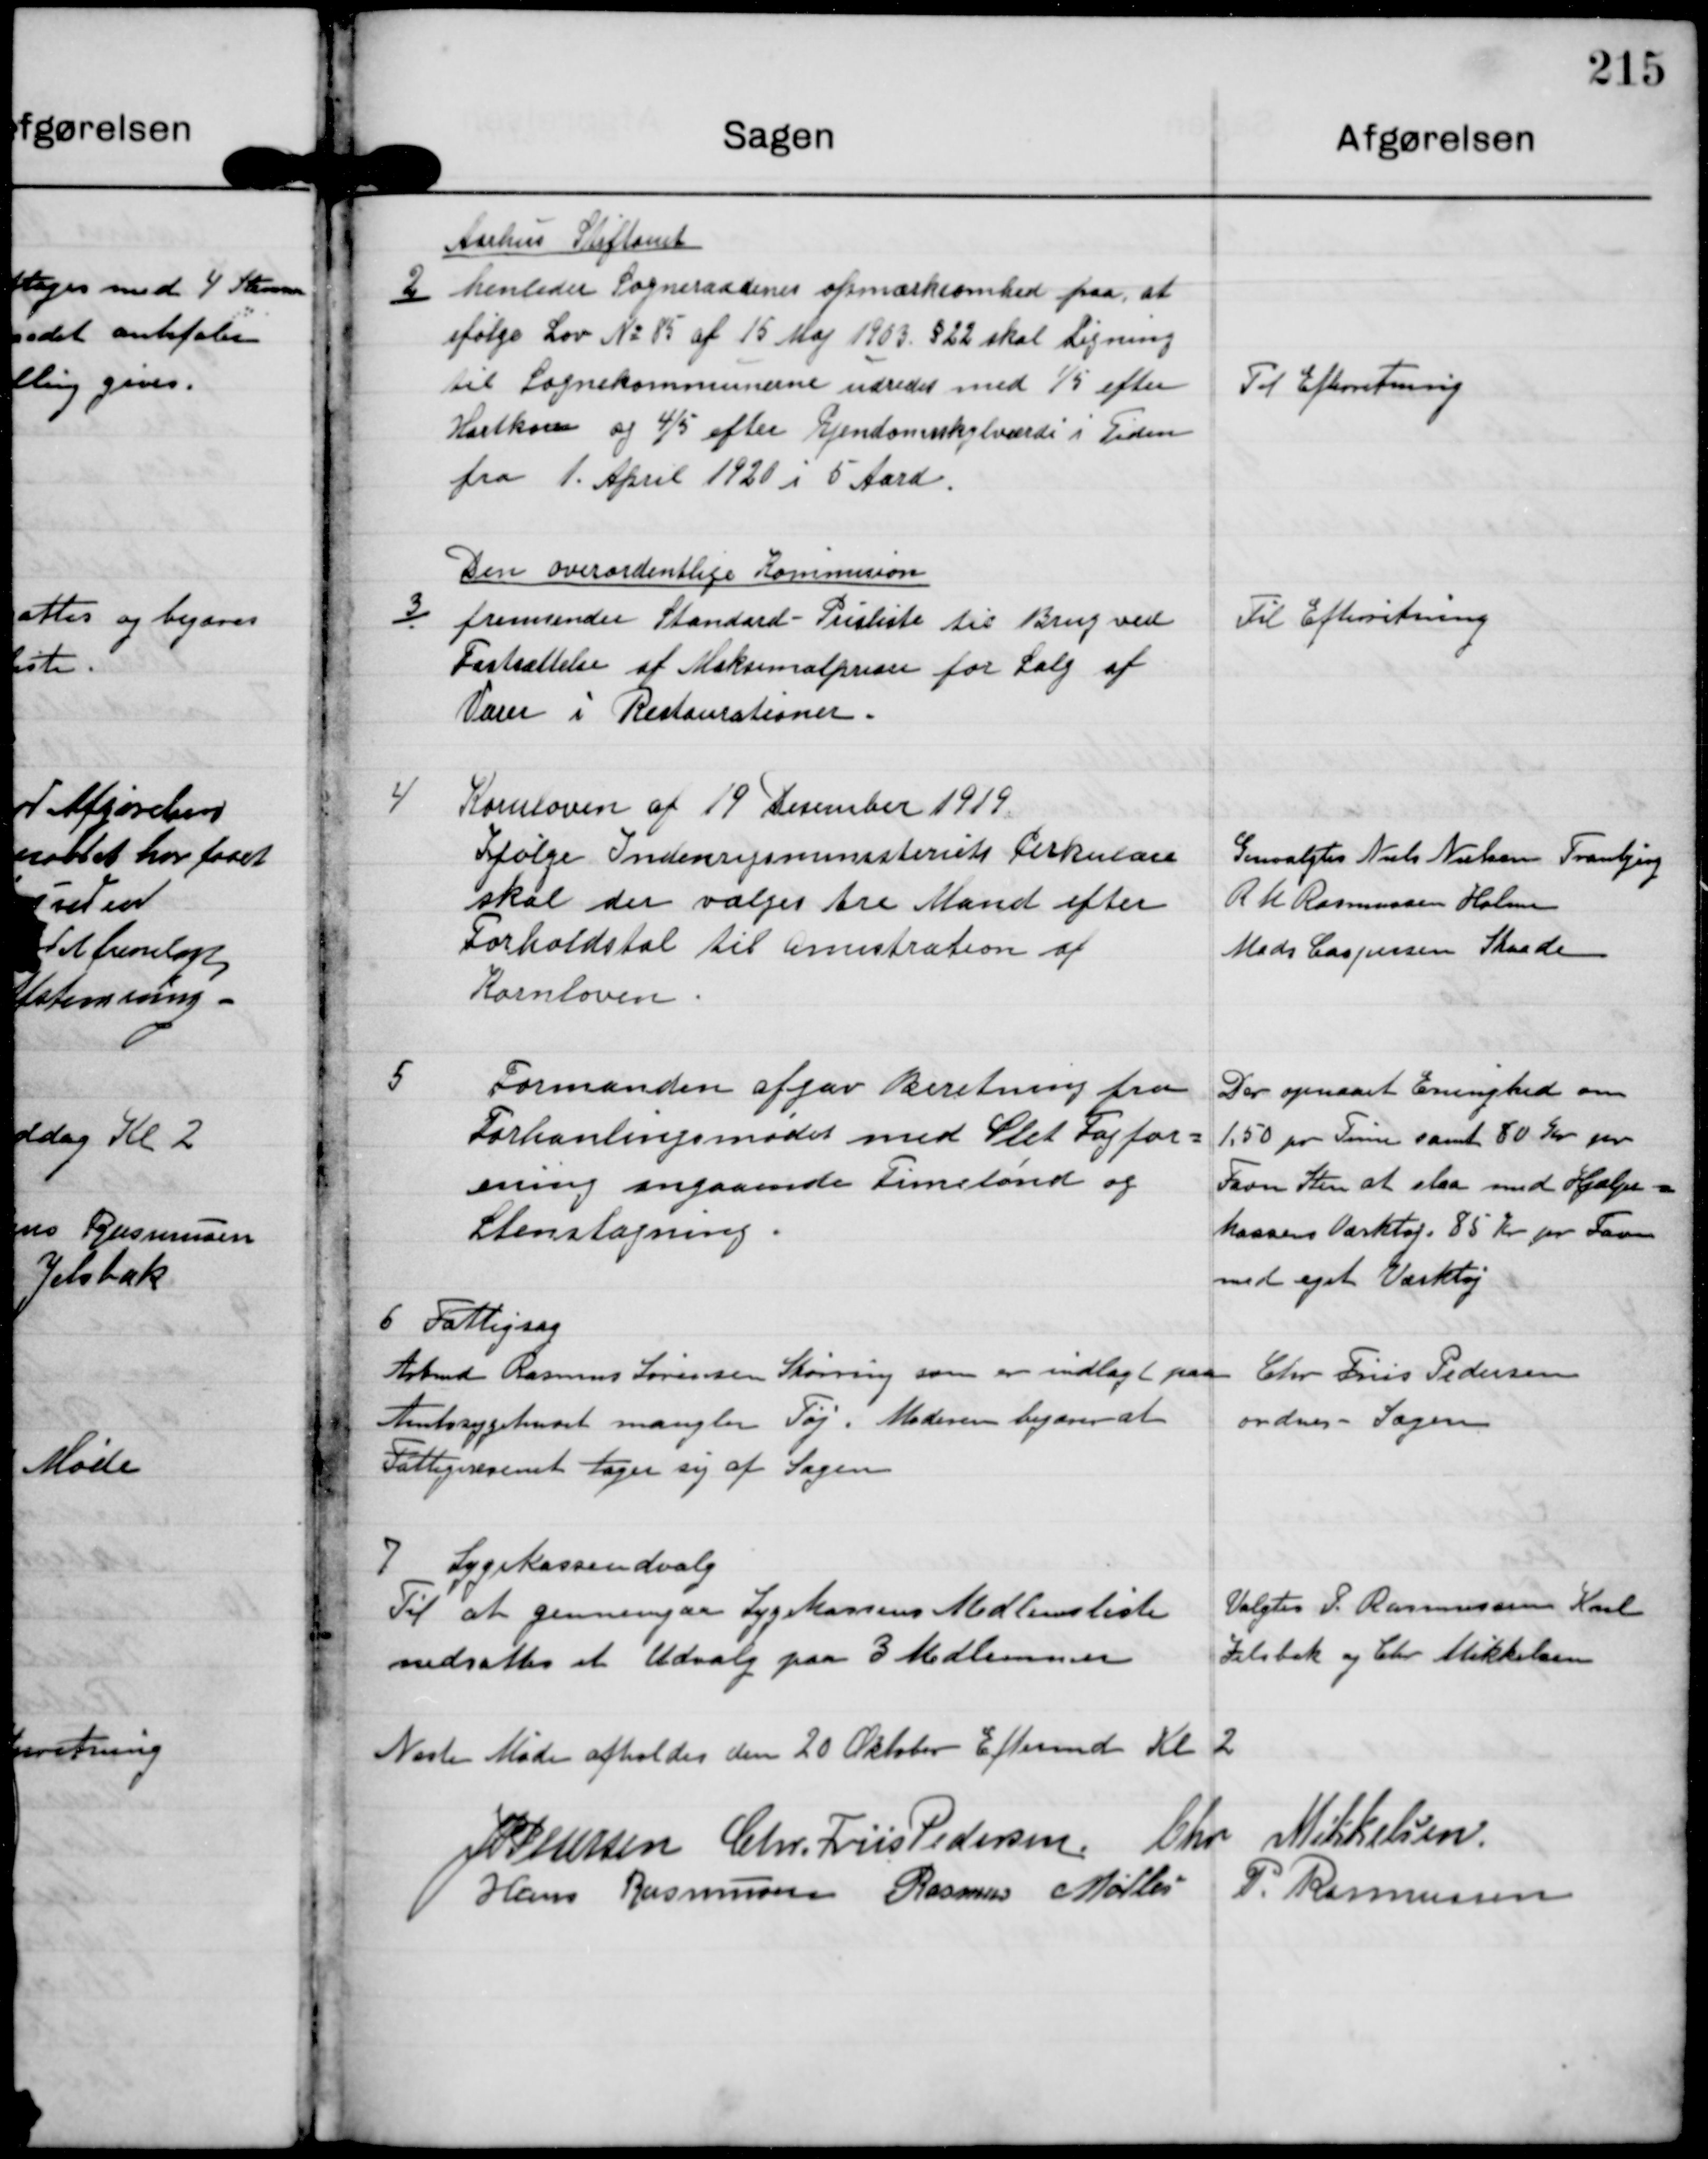
Transskription:
2

Aarhus Stiftamt
henleder Sogneraadens opmærksomhed paa, at
ifølge Lov N2 85 af 15 Maj 1903 §22 skal Ligning
til Sognekommunerne udredes med 1/5 efter
Hartkorn og 4/5 efter Ejendomsskyldværdi i Tiden
fra 1. April 1921 i 5 Aar

Til Efterretning

3.

Den overordentlige Kommision
fremsender Standard Prisliste til Brug ved
Fastsættelse af Maksimalprisen for Salg af
Varer i Restaurationer.

Til Efterretning

4

Kornloven af 19 Desember 1919
Ifølge Indenrigsministeriets Cirkulære
skal der vælges tre Mand efter
Forholdstal til amistration af
Kornloven.

Genvalgtes Niels Nielsen Tranbjerg
R M Rasmussen Holme
Mads Caspersen Skaade

5

Formanden afgav Beretning fra
Forhanlingsmødet med Slet Fagfor-
ening angaaende Timelønd og
Stenslagning.

Der opnaaet Enighed om
1,50 pr Time samt 80 Kr pr.
Favn Sten at slaa med Hjælpe-
kassens Værktøj 85 Kr pr. Favn
med eget Værktøj

6

Fattigsag

Arbmd Rasmus Sørensen Skørring som er indlagt paa
Amtssygehuset mangler Tøj. Moderen begærer at
Fattigvæsenet tager sig af Sagen

Chr. Friis Pedersen
ordner Sagen

7

Sygekasseudvalg

Til at gennemgaa Sygekassens Medlemsliste
nedsattes et Udvalg paa 3 Medlemmer

Valgtes P. Rasmussen Karl
Jelsbak og Chr Mikkelsen

Næste Møde afholdes den 20 Oktober Eftermd. Kl 2

J P Pedersen

Chr. Friis Pedersen

Chr. Mikkelsen

Hans Rasmussen

Rasmus Møller

P. Rasmussen